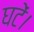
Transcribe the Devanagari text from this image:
घटें।